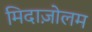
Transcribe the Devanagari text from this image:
मिदाज़ोलम